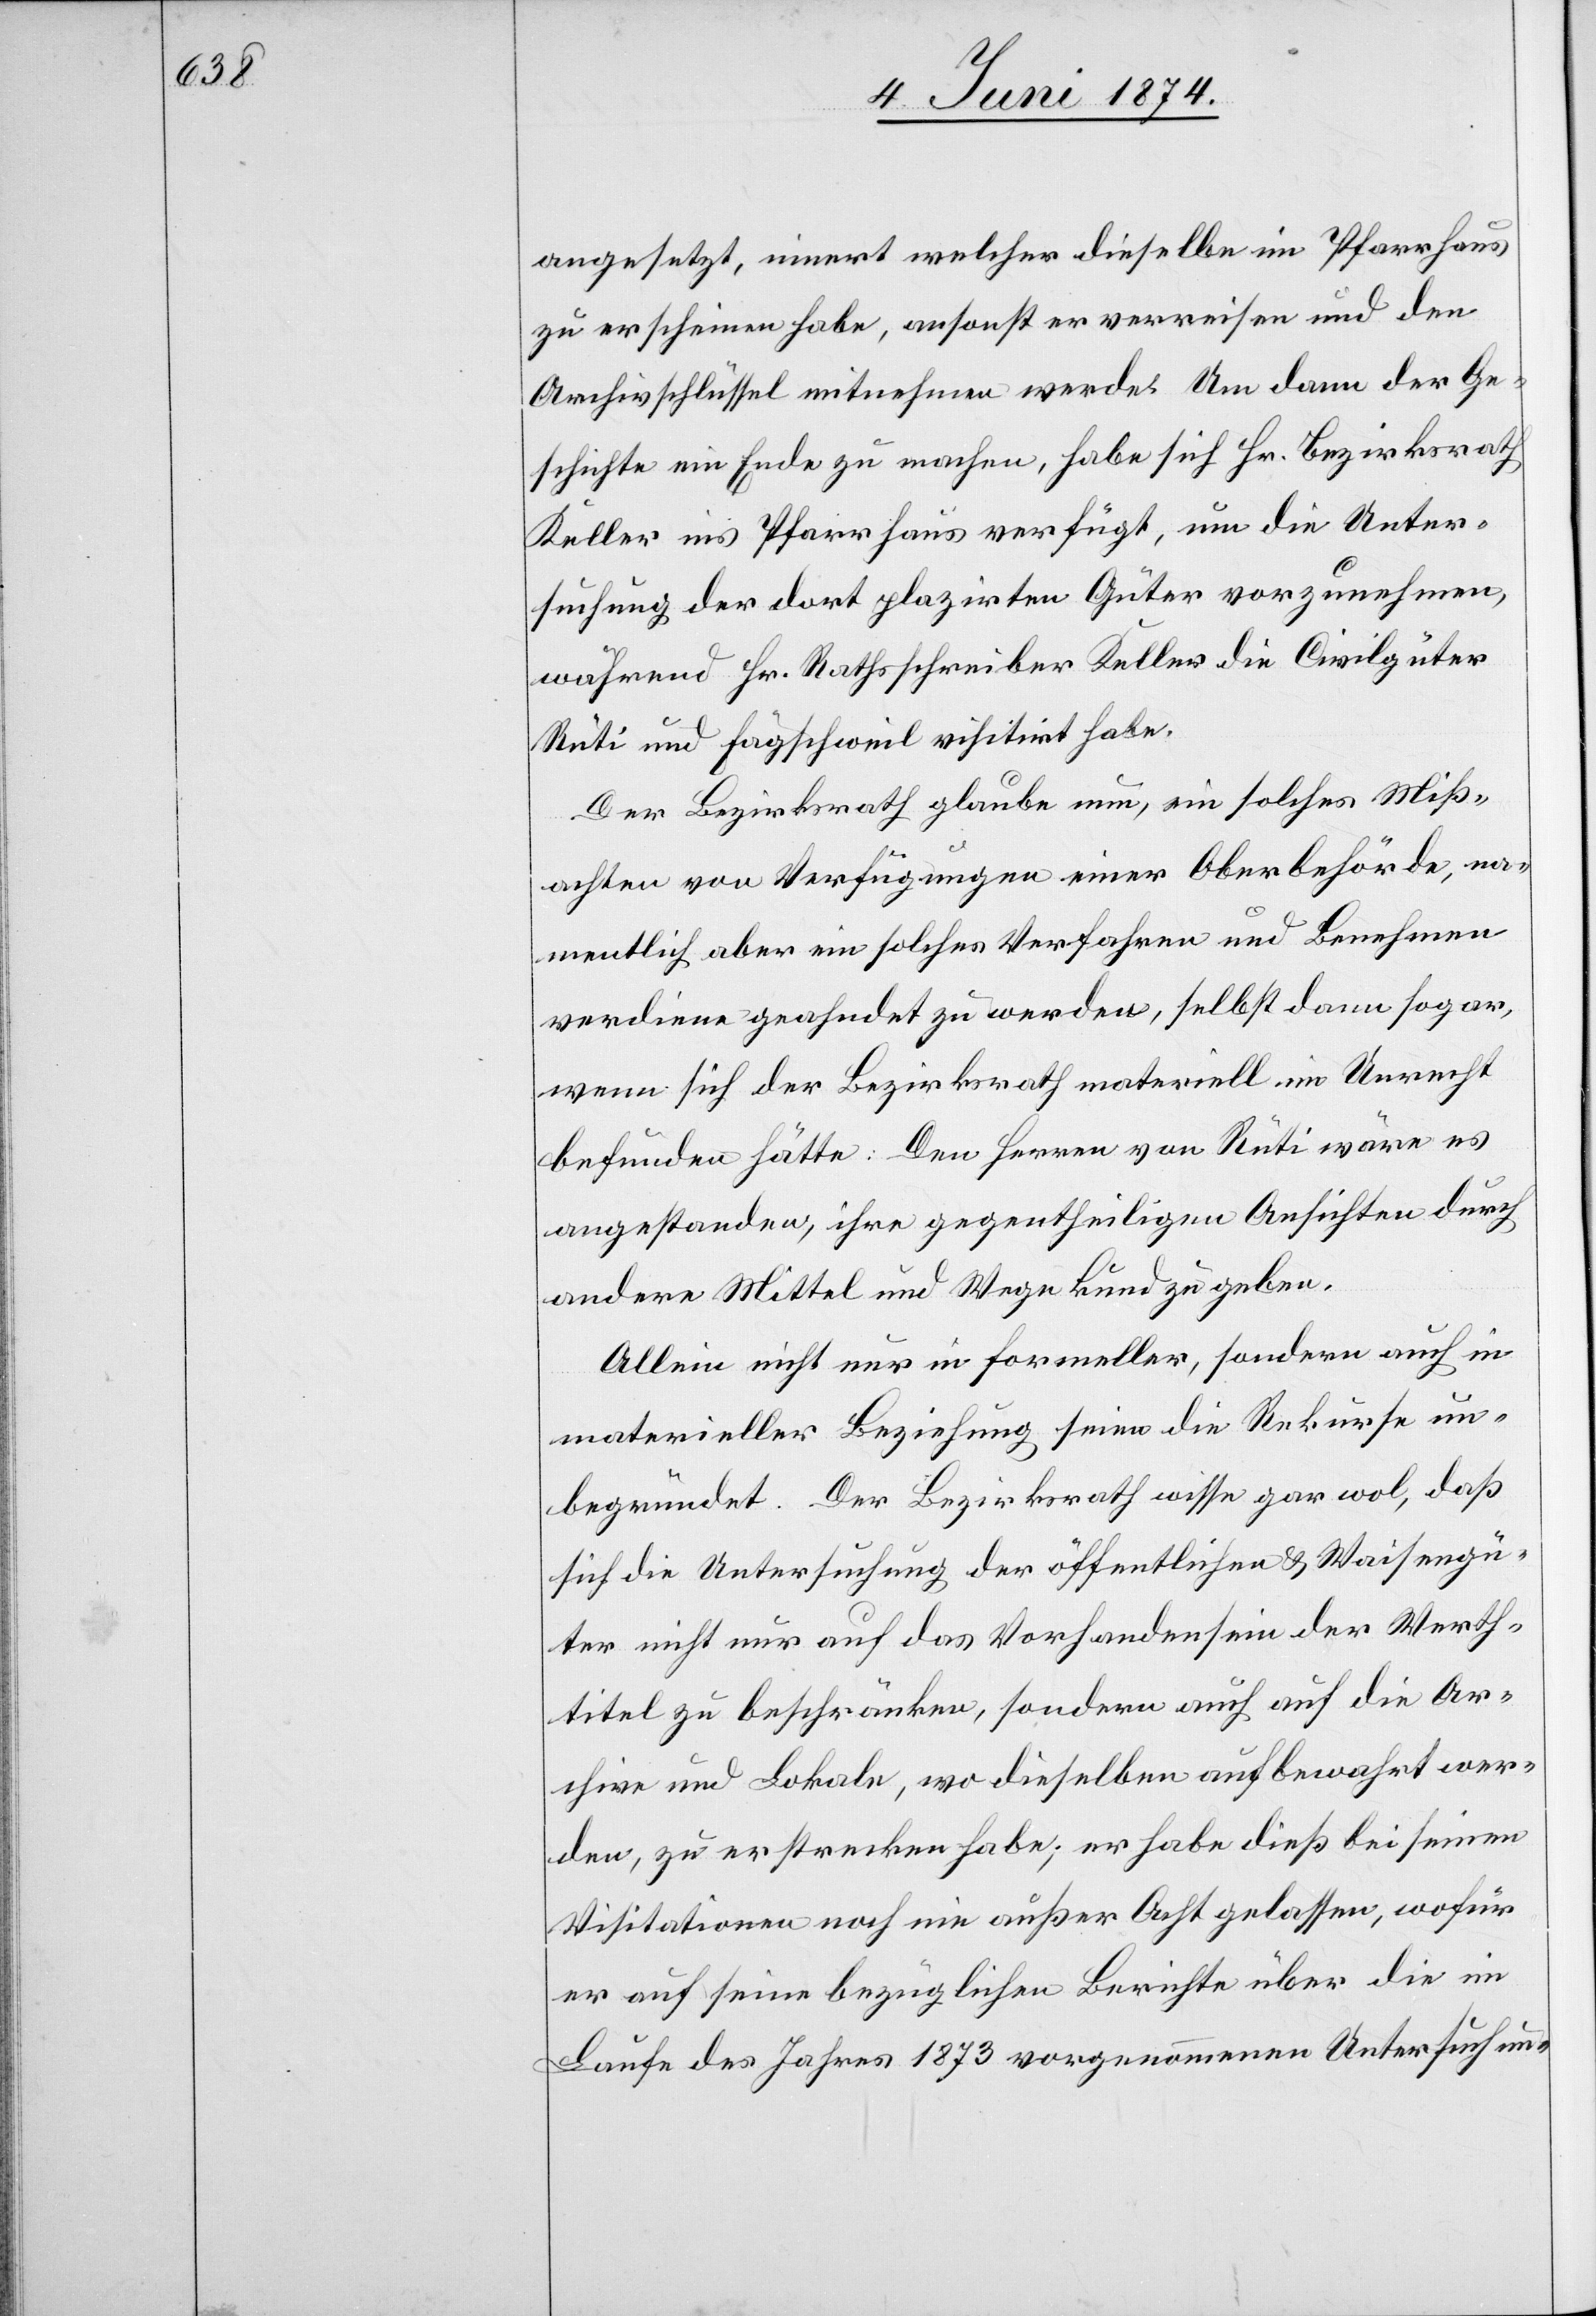
angesetzt, innert welcher dieselbe im Pfarrhaus
zu erscheinen habe, ansonst er verreisen und den
Archivschlüssel mitnehmen werde. Um dann der Ge¬
schichte ein Ende zu machen, habe sich Hr. Bezirksrath
Keller ins Pfarrhaus verfügt, um die Unter¬
suchung der dort plazirten Güter vorzunehmen,
während Hr. Rathsschreiber Keller die Civilgüter
Rüti und Fägschweil visitirt habe.
Der Bezirksrath glaube nun, ein solches Miß¬
achten von Verfügungen einer Oberbehörde, na¬
mentlich aber ein solches Verfahren und Benehmen
verdiene geahndet zu werden, selbst dann sogar,
wenn sich der Bezirksrath materiell im Unrecht
befunden hätte: Den Herren von Rüti wäre es
angestanden, ihre gegentheiligen Ansichten durch
andere Mittel und Wege kundzugeben.
Allein nicht nur in formeller, sondern auch in
materieller Beziehung seien die Rekurse un¬
begründet. Der Bezirksrath wisse gar wol, daß
sich die Untersuchung der öffentlichen u. Waisengü¬
ter nicht nur auf das Vorhandensein der Werth¬
titel zu beschränken, sondern auch auf die Ar¬
chive und Lokale, wo dieselben aufbewahrt wer¬
den, zu erstrecken habe; er habe dieß bei seinen
Visitationen noch nie außer Acht gelassen, wofür
er auf seine bezüglichen Berichte über die im
Laufe des Jahres 1873 vorgenommenen Untersuchun-